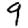
Digit: 9